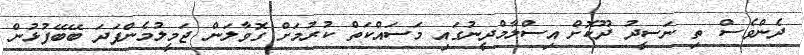
ދެންވެސް ތި ނަސީދު ދޫކޮށް އިސްލާމްދީނުގައި މަސައްކަތް ކުރުމަށް ގޮވާލަން ޖަމީލުމެންފަދަ ބޭބޭފުޅުން